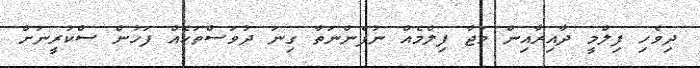
ދިވެހި ފިލްމީ ދާއިރާއިން މަޖާ ފިލްމެއް ނުފެންނަތާ ގިނަ ދުވަސްތަކެއް ފަހުން ސްކުރީނަށް